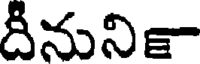
దీనునికా